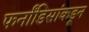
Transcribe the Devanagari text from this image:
फर्नांडिसांकडून